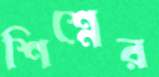
শিশ্নের